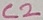
Text: C2